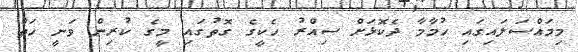
މިމައްސަލައިގައި ހުމާމާ ދެކޮޅަށް ސިއްރު ހެކީގެ ގޮތުގައި މީގެ ކުރިން ވަނީ ހަތް